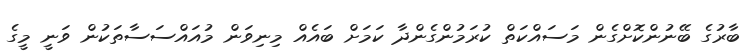
ބާރުގެ ބޭނުންކޮށްގެން މަސައްކަތް ކުރަމުންގެންދާ ކަމަށް ބައެއް މިނިވަން މުއައްސަސާތަކުން ވަނީ މީގެ